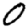
Digit: 0